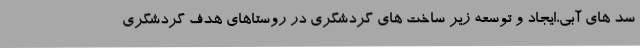
سد های آبی،ایجاد و توسعه زیر ساخت های گردشگری در روستاهای هدف گردشگری